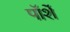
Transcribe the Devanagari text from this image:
पॉर्शे